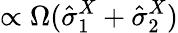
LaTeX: \propto\Omega(\hat{\sigma}_{1}^{X}+\hat{\sigma}_{2}^{X})